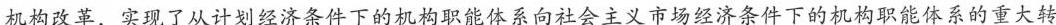
机构改革，实现了从计划经济条件下的机构职能体系向社会主义市场经济条件下的机构职能体系的重大转